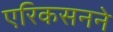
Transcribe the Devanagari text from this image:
एरिकसनने